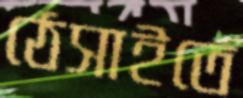
ঠেসাইতে